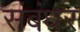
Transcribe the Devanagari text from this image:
संबंधर